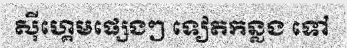
ស៊ីហ្គេមផ្សេងៗ ទៀតកន្លង ទៅ